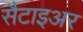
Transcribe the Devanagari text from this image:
सैटाइअर